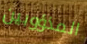
المذؤوبين